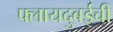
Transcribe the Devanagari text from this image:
फ्लायदुबईची